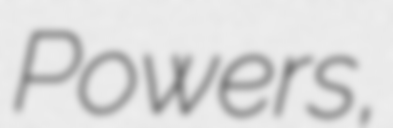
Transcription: Powers,